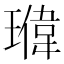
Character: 𬎉